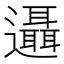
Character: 𨙓